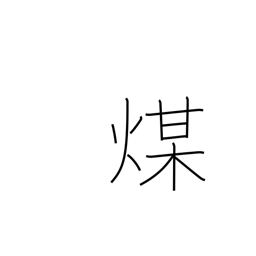
Meaning: soot